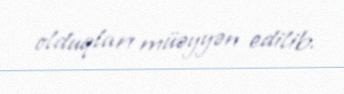
olduqları müəyyən edilib.